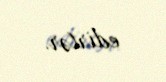
edirlər.